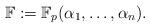
LaTeX: \begin{align*}\mathbb{F}:=\mathbb{F}_p(\alpha_1,\dots,\alpha_n).\end{align*}